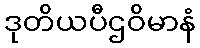
ဒုတိယပီဌဝိမာနံ